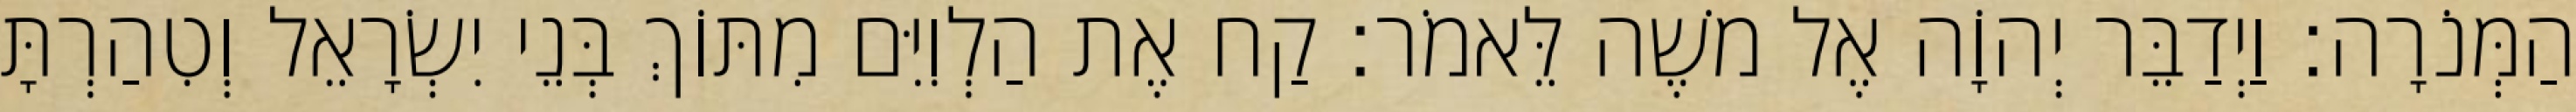
הַמְּנֹרָה׃ וַיְדַבֵּר יְהוָֹה אֶל משֶׁה לֵּאמֹר׃ קַח אֶת הַלְוִיִּם מִתּוֹךְ בְּנֵי יִשְׂרָאֵל וְטִהַרְתָּ